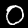
Digit: 0